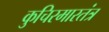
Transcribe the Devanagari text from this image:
कुचिरमारतंत्र